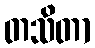
တသိတာ